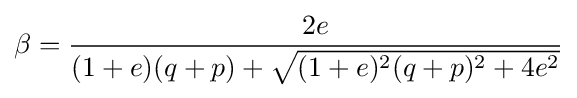
\beta ={\frac {2e}{(1+e)(q+p)+{\sqrt {(1+e)^{2}(q+p)^{2}+4e^{2}}}}}